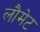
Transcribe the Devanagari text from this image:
लौमेट